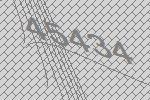
45434